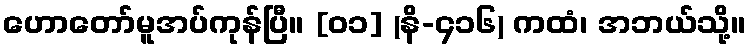
ဟောတော်မူအပ်ကုန်ပြီ။ [၀၁] (နိ-၄၁၆) ကထံ၊ အဘယ်သို့။